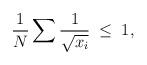
LaTeX: \begin{align*}{1\over N}\sum {1\over \sqrt{x_i}}\;\leq \;1,\end{align*}